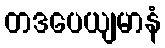
တဒပေယျမာနံ